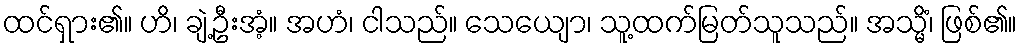
ထင်ရှား၏။ ဟိ၊ ချဲ့ဦးအံ့။ အဟံ၊ ငါသည်။ သေယျော၊ သူ့ထက်မြတ်သူသည်။ အသ္မိံ၊ ဖြစ်၏။